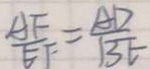
\frac { A F } { E F } = \frac { A D } { B E }